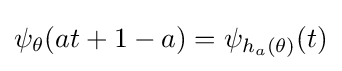
\psi _{\theta }(at+1-a)=\psi _{h_{a}(\theta )}(t)